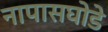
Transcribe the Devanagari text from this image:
नापासघोडे